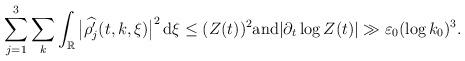
LaTeX: \begin{align*}\sum_{j=1}^3\sum_{k}\int_{\mathbb{R}}\big|\widehat{\rho_j'}(t,k,\xi)\big|^2\,\mathrm{d}\xi\leq (Z(t))^2\mathrm{and}|\partial_t\log Z(t)|\gg \varepsilon_0(\log k_0)^3.\end{align*}